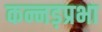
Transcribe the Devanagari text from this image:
कन्नड़प्रभा